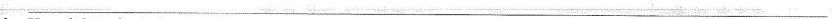
\underline